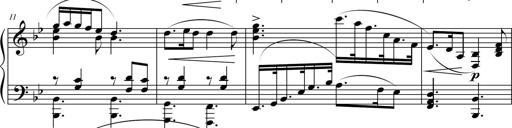
Title: Suite in the Old Style
Composer: Tyler Versluis